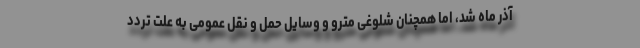
آذر ماه شد، اما همچنان شلوغی مترو و وسایل حمل و نقل عمومی به علت تردد